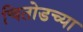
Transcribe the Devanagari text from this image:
चितोडच्या